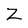
Character: Z